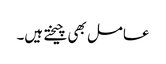
عامل بھی چیختے ہیں۔